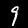
Digit: 9